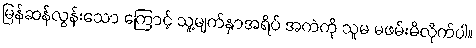
မြန်ဆန်လွန်းသော ကြောင့် သူ့မျက်နှာအရိပ် အကဲကို သူမ မဖမ်းမိလိုက်ပါ။